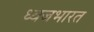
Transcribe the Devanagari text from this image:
ध्वजभारत